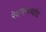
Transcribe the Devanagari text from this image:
रेवणनाथांचे